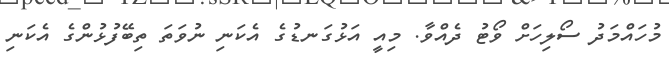
މުހައްމަދު ސޯލިހަށް ވޯޓު ދެއްވާ. މިއީ އަޅުގަނޑުގެ އެކަނި ނުވަތަ ތިބޭފުޅުންގެ އެކަނި